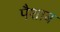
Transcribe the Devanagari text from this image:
पैशाब